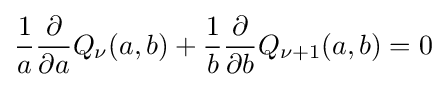
{\frac {1}{a}}{\frac {\partial }{\partial a}}Q_{\nu }(a,b)+{\frac {1}{b}}{\frac {\partial }{\partial b}}Q_{\nu +1}(a,b)=0